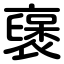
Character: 襃